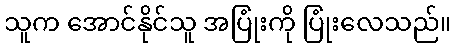
သူက အောင်နိုင်သူ အပြုံးကို ပြုံးလေသည်။